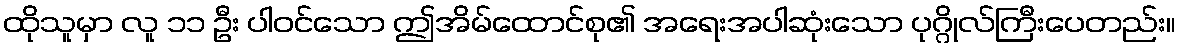
ထိုသူမှာ လူ ၁၁ ဦး ပါဝင်သော ဤအိမ်ထောင်စု၏ အရေးအပါဆုံးသော ပုဂ္ဂိုလ်ကြီးပေတည်း။